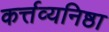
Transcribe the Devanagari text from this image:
कर्त्तव्यनिष्ठा